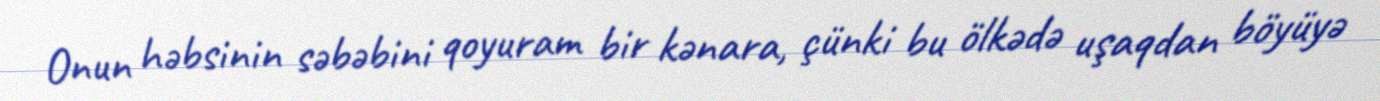
Onun həbsinin səbəbini qoyuram bir kənara, çünki bu ölkədə uşaqdan böyüyə